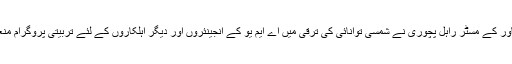
نیشنل انسٹی ٹیوٹ آف سولر پاور کے مسٹر راہل پچوری نے شمسی توانائی کی ترقی میں اے ایم یو کے انجینئروں اور دیگر اہلکاروں کے لئے تربیتی پروگرام منعقد کرنے کے عمل کو سراہا۔